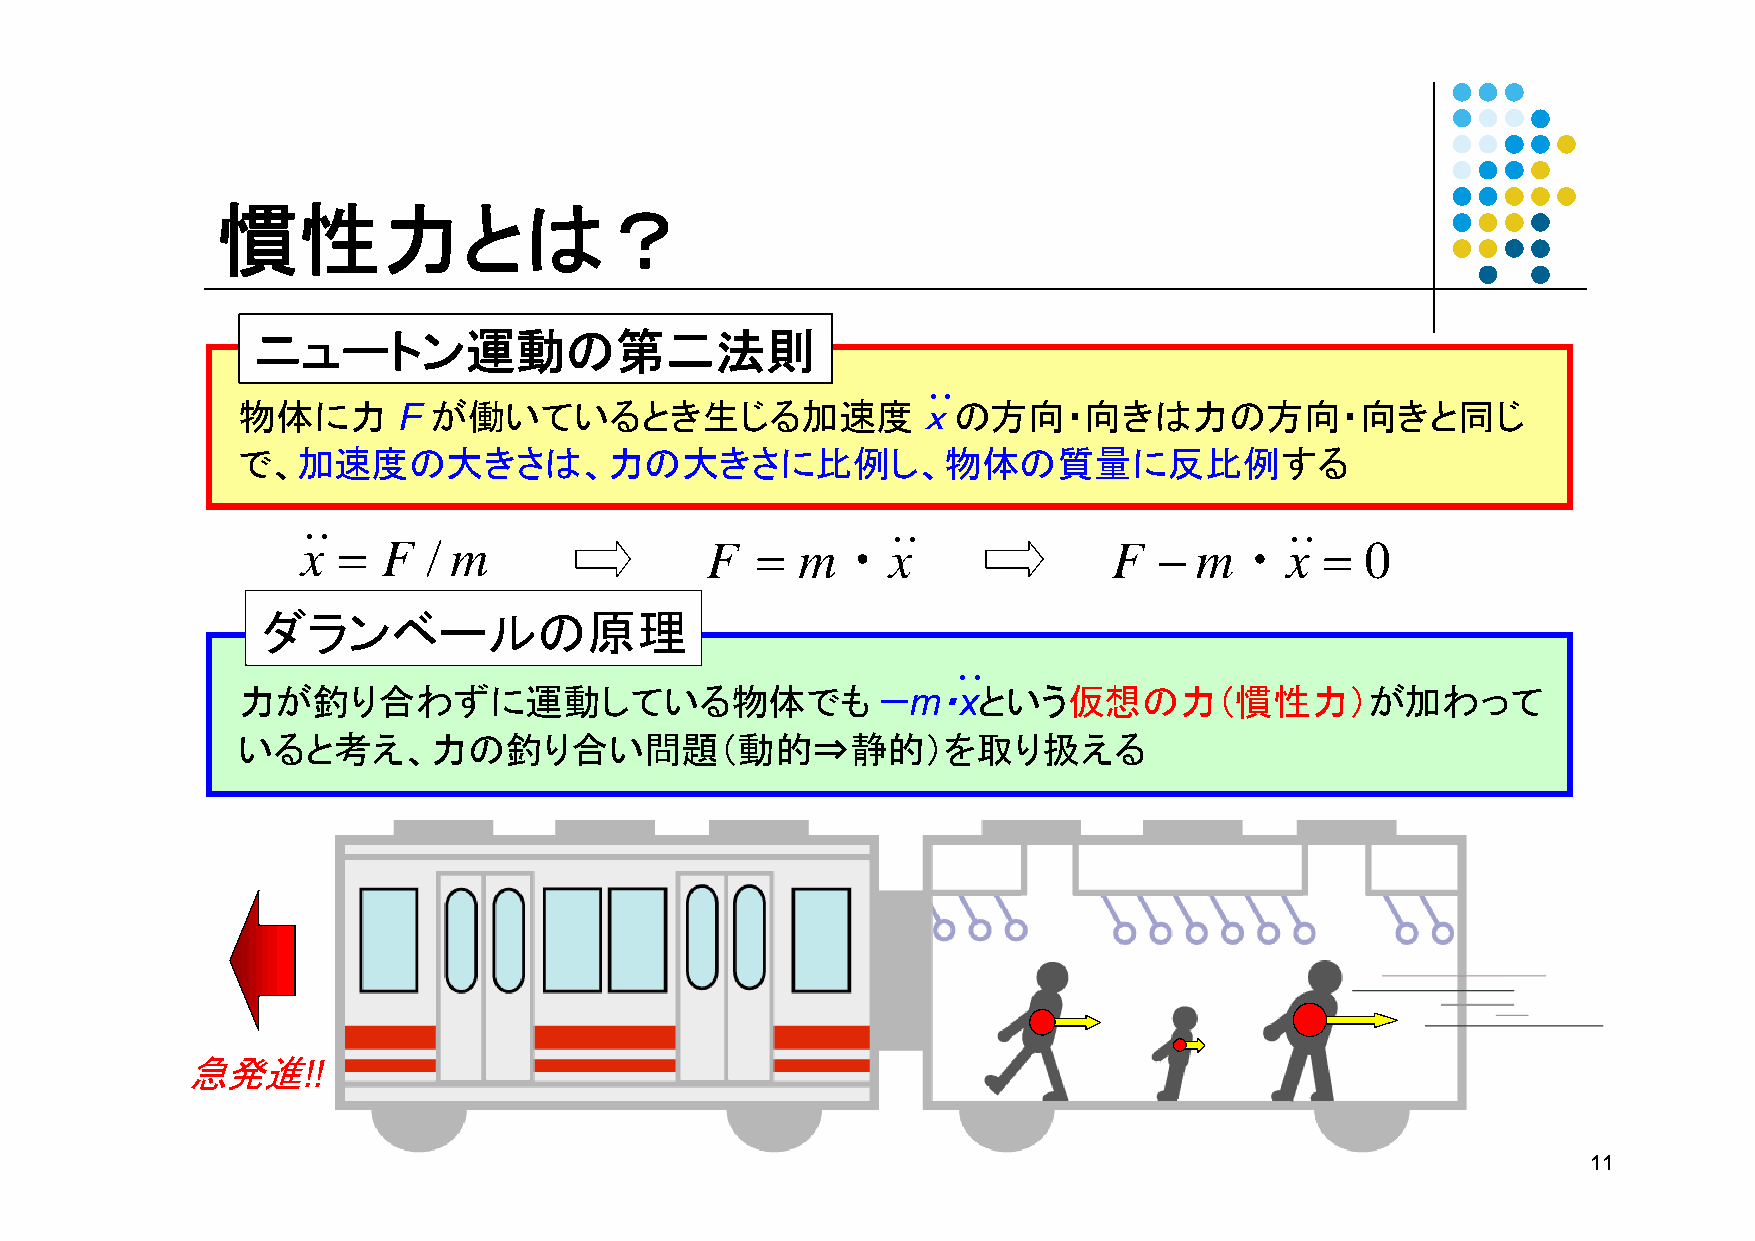
慣性力とは？
 ニュートン運動の第二法則
 ・・
 物体に力      F が働いているとき生じる加速度                   ｘの方向・向きは力の方向・向きと同じ
 で、加速度の大きさは、力の大きさに比例し、物体の質量に反比例する
 ・・                                     ・・                        ・・
 x =  F  / m                F  =  m・x                  F  − m・x      = 0
 ダランベールの原理
 ・・
 力が釣り合わずに運動している物体でも－m・xという仮想の力（慣性力）が加わって
 いると考え、力の釣り合い問題（動的⇒静的）を取り扱える
 急発進!!
 11